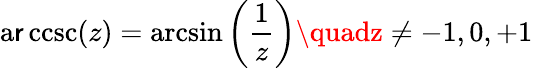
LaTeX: \operatorname{a\mathsf{r}ccsc}(z)=\arcsin\left({\frac{{1}}{{z}}}\right)\quadz\neq-1,0,+1